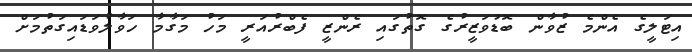
އިޓަލީގެ އެންމެ ޒުވާން ބޮޑުވަޒީރުގެ ގޮތުގައި ރެންޒީ ފެބްރުއަރީ މަހު މަގާމާ ހަވާލުވަޑައިގަތުމަށް